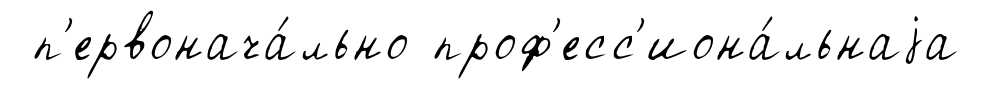
п'ервонача́льно проф'есс'иона́льнаjа